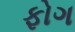
ફોગ